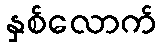
နှစ်လောက်